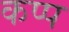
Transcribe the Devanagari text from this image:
कप्प